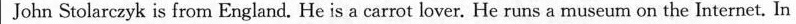
John Stolarczyk is from England. He is a carrot lover. He runs a museum on the Internet. In